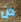
دن